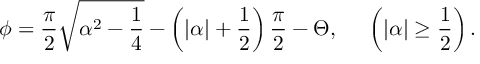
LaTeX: \phi = \frac { \pi } { 2 } \sqrt { \alpha ^ { 2 } - \frac { 1 } { 4 } } - \left( | \alpha | + \frac { 1 } { 2 } \right) \frac { \pi } { 2 } - \Theta , \; \; \; \; \; \left( | \alpha | \geq \frac { 1 } { 2 } \right) .